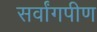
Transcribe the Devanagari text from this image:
सर्वांगपीण